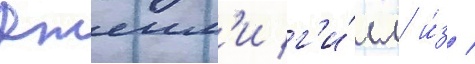
Джеим'и г'и́лл и́з